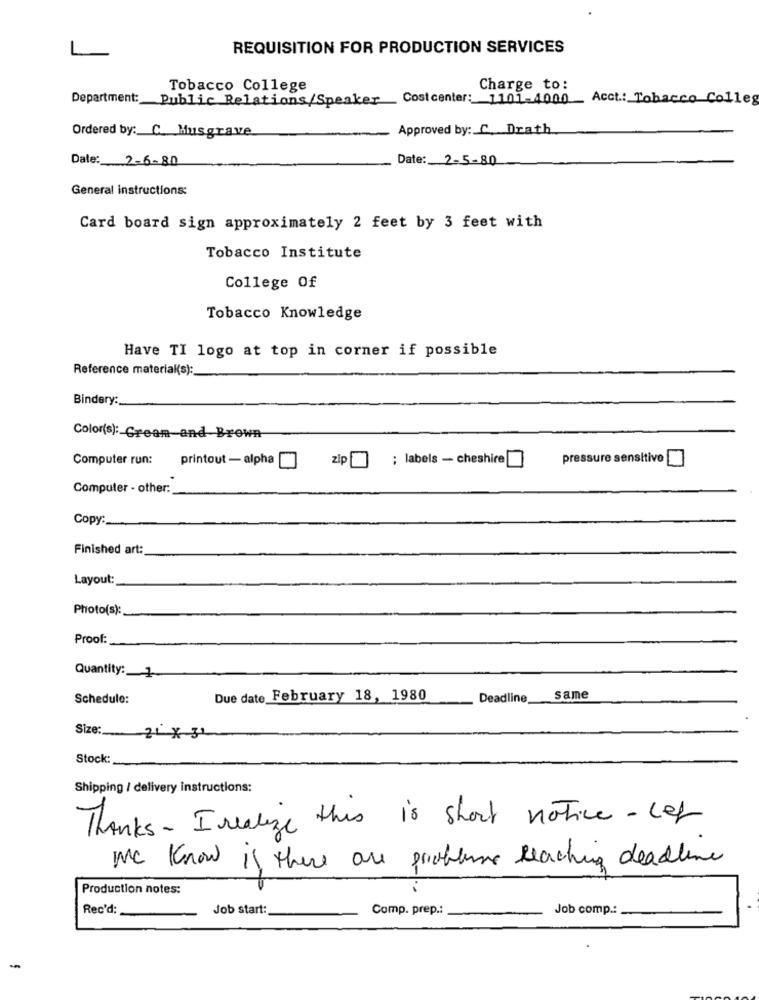
REQUISITION FOR PRODUCTION SERVICES
Tobacco College
Charge to:
Department: Public Relations/Speaker Costcenter: 1101-4000 Acct .: Tobacco Colleg
Ordered by: C. Musgrave
Approved by: C. Drath
Date: 2-6-80
Date: 2-5-80
General instructions:
Card board sign approximately 2 feet by 3 feet with
Tobacco Institute
College Of
Tobacco Knowledge
Have TI logo at top in corner if possible
Reference material(s):
Bindery:
Color(s): Cream and Brown
Computer run:
printout - alpha
zip
; labels - cheshire
pressure sensitive
Computer - other:
Copy:
Finished art:
Layout:
Photo(s):
Proof:
Quantity: 1
Schedule:
Due date February 18, 1980
Deadline
same
Size :_ 21 × 31
Stock:
Shipping / delivery instructions:
Thanks- Irealize this is short notice - Let
MC Know is there are probleme reaching deadline
Production notes:
Rec'd:
Job start:
Comp. prep .:
Job comp .:
-